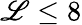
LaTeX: \mathscr{L}\leq8